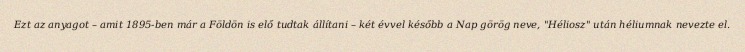
Ezt az anyagot – amit 1895-ben már a Földön is elő tudtak állítani – két évvel később a Nap görög neve, "Héliosz" után héliumnak nevezte el.